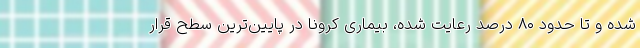
شده و تا حدود ۸۰ درصد رعایت شده، بیماری کرونا در پایین‌ترین سطح قرار